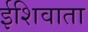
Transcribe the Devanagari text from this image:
ईशिवाता